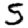
Digit: 5